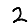
Digit: 2